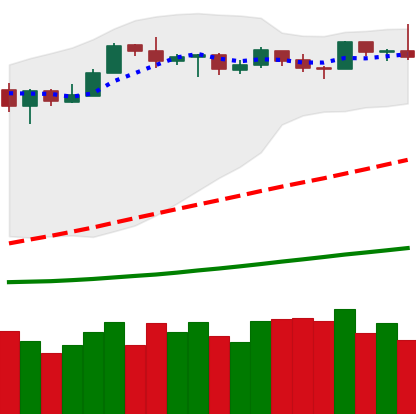
Ticker: LTC-USD
Chart end date: 2019-03-30
Forward return: 40.182%
Label: up_7plus